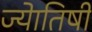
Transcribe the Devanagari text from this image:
ज्‍येातिषी